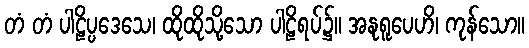
တံ တံ ပါဠိပ္ပဒေသေ၊ ထိုထိုသို့သော ပါဠိရပ်၌။ အနုရူပေဟိ၊ ကုန်သော။